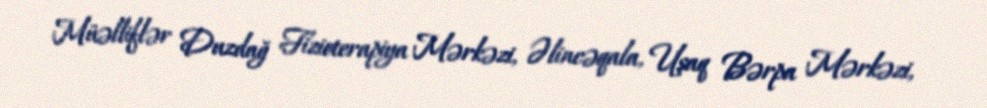
Müəlliflər Duzdağ Fizioterapiya Mərkəzi, Əlincəqala, Uşaq Bərpa Mərkəzi,